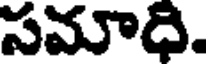
సమాధి.